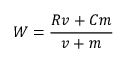
W = { \frac { R v + C m } { v + m } }